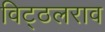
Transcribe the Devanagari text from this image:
विट्ठलराव